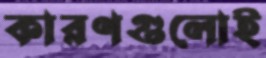
কারণগুলোই